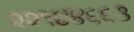
૨૨૧૪૪૬૬૩